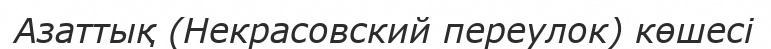
Азаттық (Некрасовский переулок) көшесі